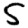
Digit: 5